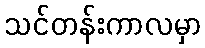
သင်တန်းကာလမှာ